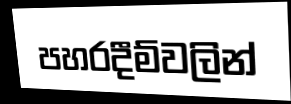
පහරදීම්වලින්